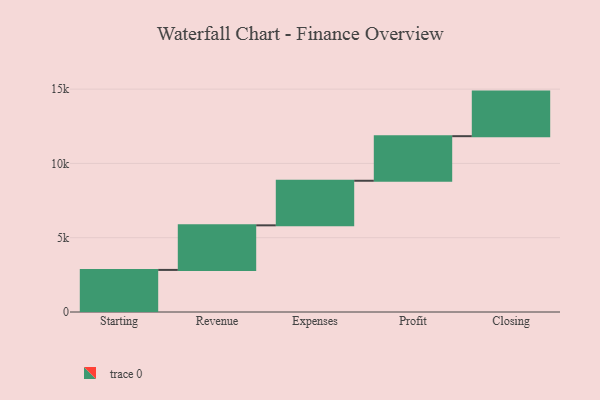
{"axis": {"x": "Step", "y": "Value"}, "legend": [""], "data": [{"x": "Starting", "y": 2833.0, "type": ""}, {"x": "Revenue", "y": 3000, "type": ""}, {"x": "Expenses", "y": 3000, "type": ""}, {"x": "Profit", "y": 3000, "type": ""}, {"x": "Closing", "y": 3000, "type": ""}]}